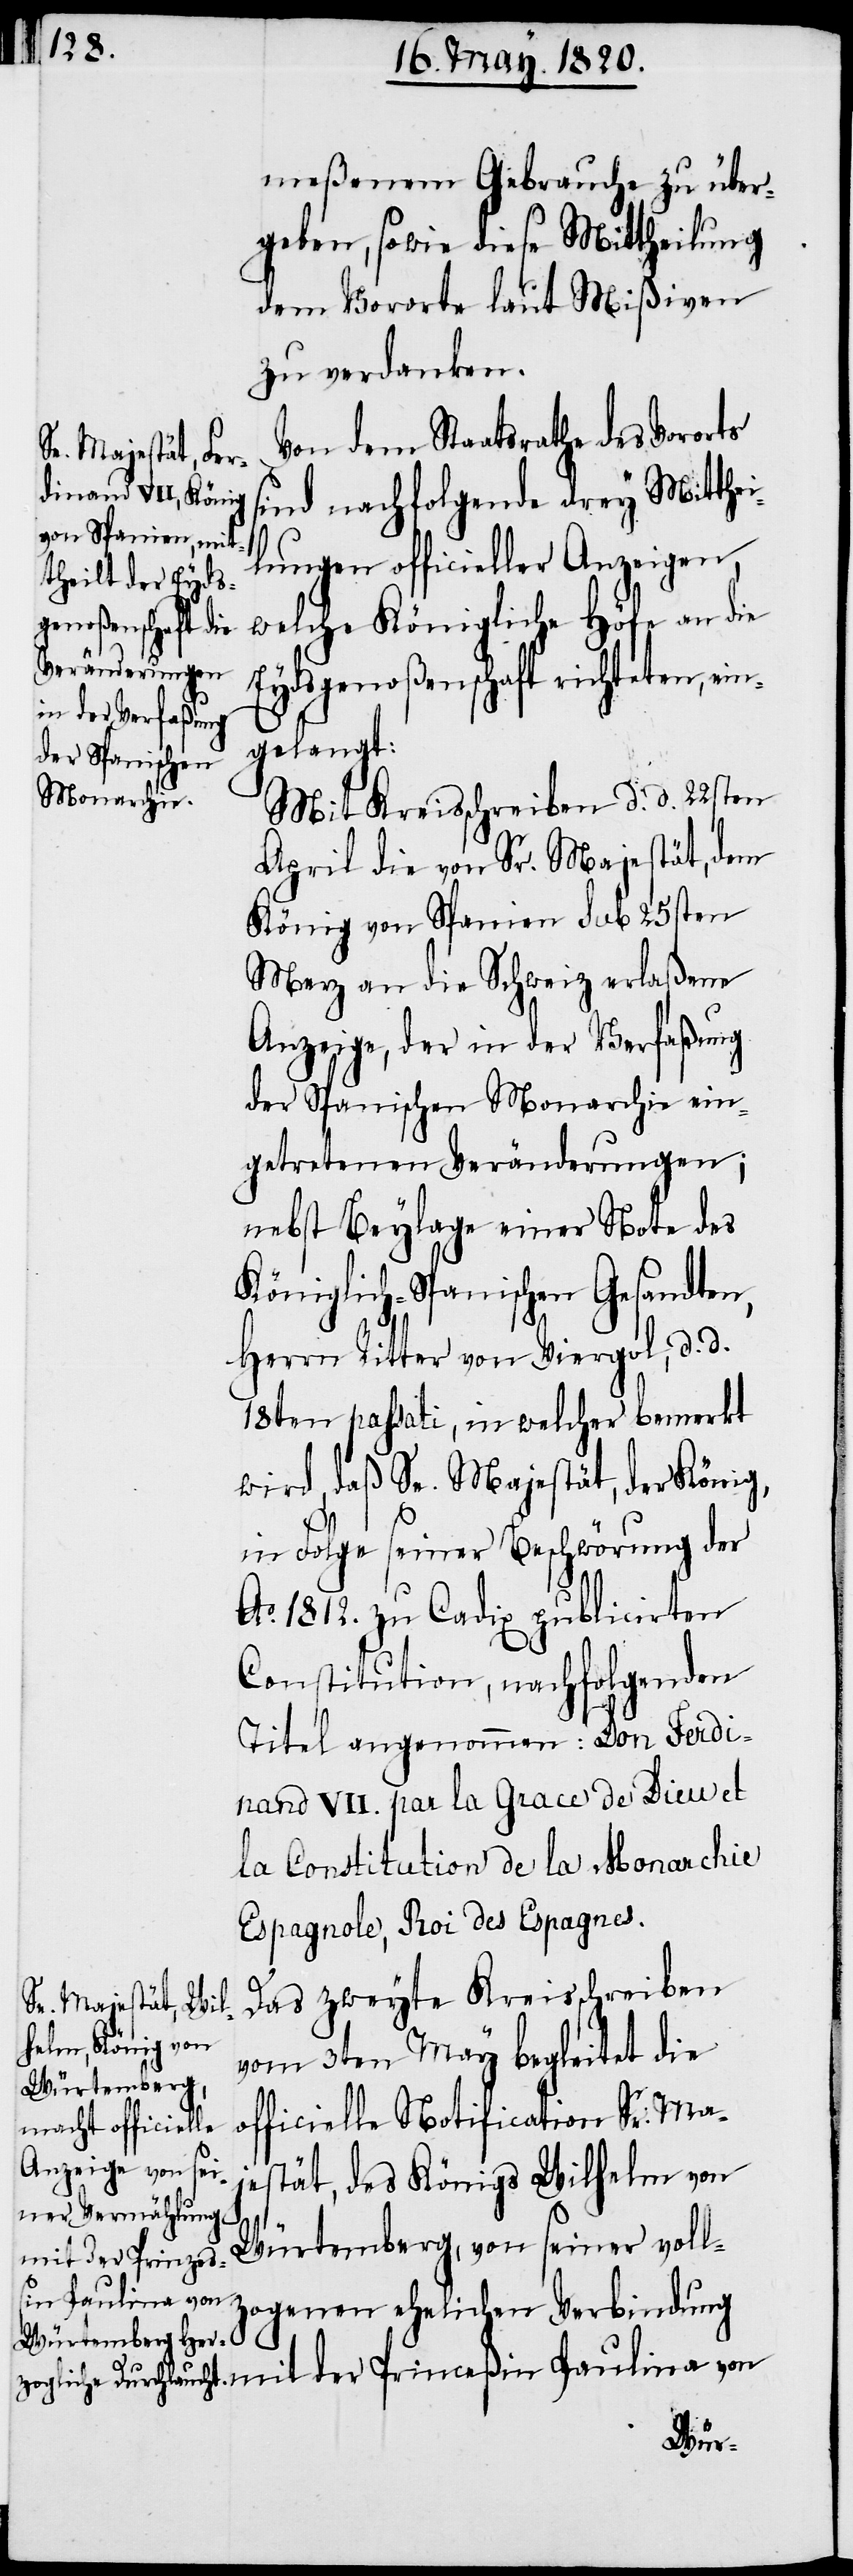
meßenem Gebrauche zu über¬
geben, sowie diese Mittheilung
dem Vororte laut Mißiven
zu verdanken.
Von dem Staatsrathe des Vororts
sind nachfolgende drey Mitthei¬
lungen officieller Anzeigen,
welche Königliche Höfe an die
Eydsgenoßenschaft richteten, ein¬
gelangt:
Mit Kreisschreiben d. d. 22sten
April die von Sr. Majestät, dem
König von Spanien sub 25sten
Merz an die Schweiz erlaßene
Anzeige, der in der Verfaßung
der Spanischen Monarchie ein¬
getretenen Veränderungen;
nebst Beylage einer Note des
Königlich-Spanischen Gesandten,
Herrn Ritter von Viergol, d. d.
18ten passati, in welcher bemerkt
wird, daß Sr. Majestät, der König,
in Folge seiner Beschwörung der
Ao. 1812. zu Cadix publicirten
Constitution, nachfolgenden
Titel angenommen: Don Ferdi¬
nand VII. par la Grace de Dieu et
la Constitution de la Monarchie
Espagnole, Roi des Espagnes.
Das zweyte Kreisschreiben
vom 3ten May begleitet die
officielle Notification Sr. Maj¬
estät, des Königs Wilhelm von
Würtemberg, von seiner voll¬
mit der Princeß¬
in Pauline von
zogenen ehelichen Verbindung